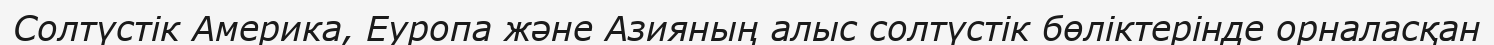
Солтүстік Америка, Еуропа және Азияның алыс солтүстік бөліктерінде орналасқан